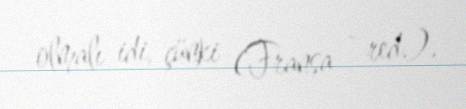
olmalı idi, çünki (Fransa - red.).